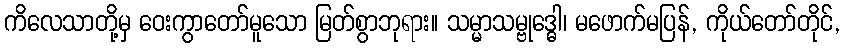
ကိလေသာတို့မှ ဝေးကွာတော်မူသော မြတ်စွာဘုရား။ သမ္မာသမ္ဗုဒ္ဓေါ၊ မဖောက်မပြန်, ကိုယ်တော်တိုင်,